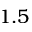
1 . 5